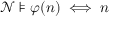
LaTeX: { \mathcal { N } } \models \varphi ( n ) \iff n